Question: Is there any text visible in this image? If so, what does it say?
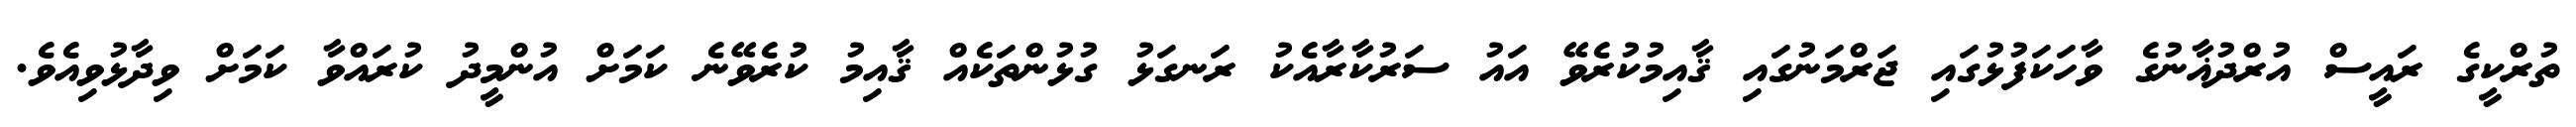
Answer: ތުރްކީގެ ރައީސް އުރްދުޣާނުގެ ވާހަކަފުޅުގައި ޖަރްމަނުގައި ޤާއިމުކުރެވޭ އައު ސަރުކާރާއެކު ރަނގަޅު ގުޅުންތަކެއް ޤާއިމު ކުރެވޭނެ ކަމަށް އުންމީދު ކުރައްވާ ކަމަށް ވިދާޅުވިއެވެ.